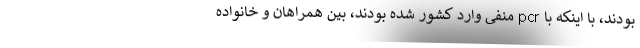
بودند، با اینکه با pcr منفی وارد کشور شده بودند، بین همراهان و خانواده